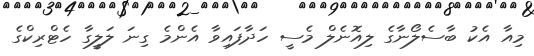
މިއާ އެކު ބާސެލޯނާގެ ލިއޮނެލް މެސީ ހަދާފައިވާ އެންމެ ގިނަ ލަލީގާ ހެޓްރިކްގެ